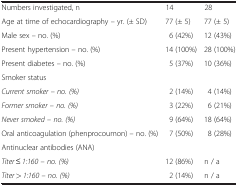
| <COLSPAN=3>  |
 | --- | --- | --- |
 | Numbers investigated, n | 14 | 28 |
 | Age at time of echocardiography – yr. (± SD) | 77 (± 5) | 77 (± 5) |
 | Male sex – no. (%) | 6 (42%) | 12 (43%) |
 | Present hypertension – no. (%) | 14 (100%) | 28 (100%) |
 | Present diabetes – no. (%) | 5 (37%) | 10 (36%) |
 | Smoker status |  |  |
 | Current smoker – no. (%) | 2 (14%) | 4 (14%) |
 | Former smoker – no. (%) | 3 (22%) | 6 (21%) |
 | Never smoked – no. (%) | 9 (64%) | 18 (64%) |
 | Oral anticoagulation (phenprocoumon) – no. (%) | 7 (50%) | 8 (28%) |
 | Antinuclear antibodies (ANA) |  |  |
 | Titer ≤ 1:160 – no. (%) | 12 (86%) | n / a |
 | Titer > 1:160 – no. (%) | 2 (14%) | n / a |